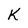
Character: K